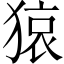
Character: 𤠆